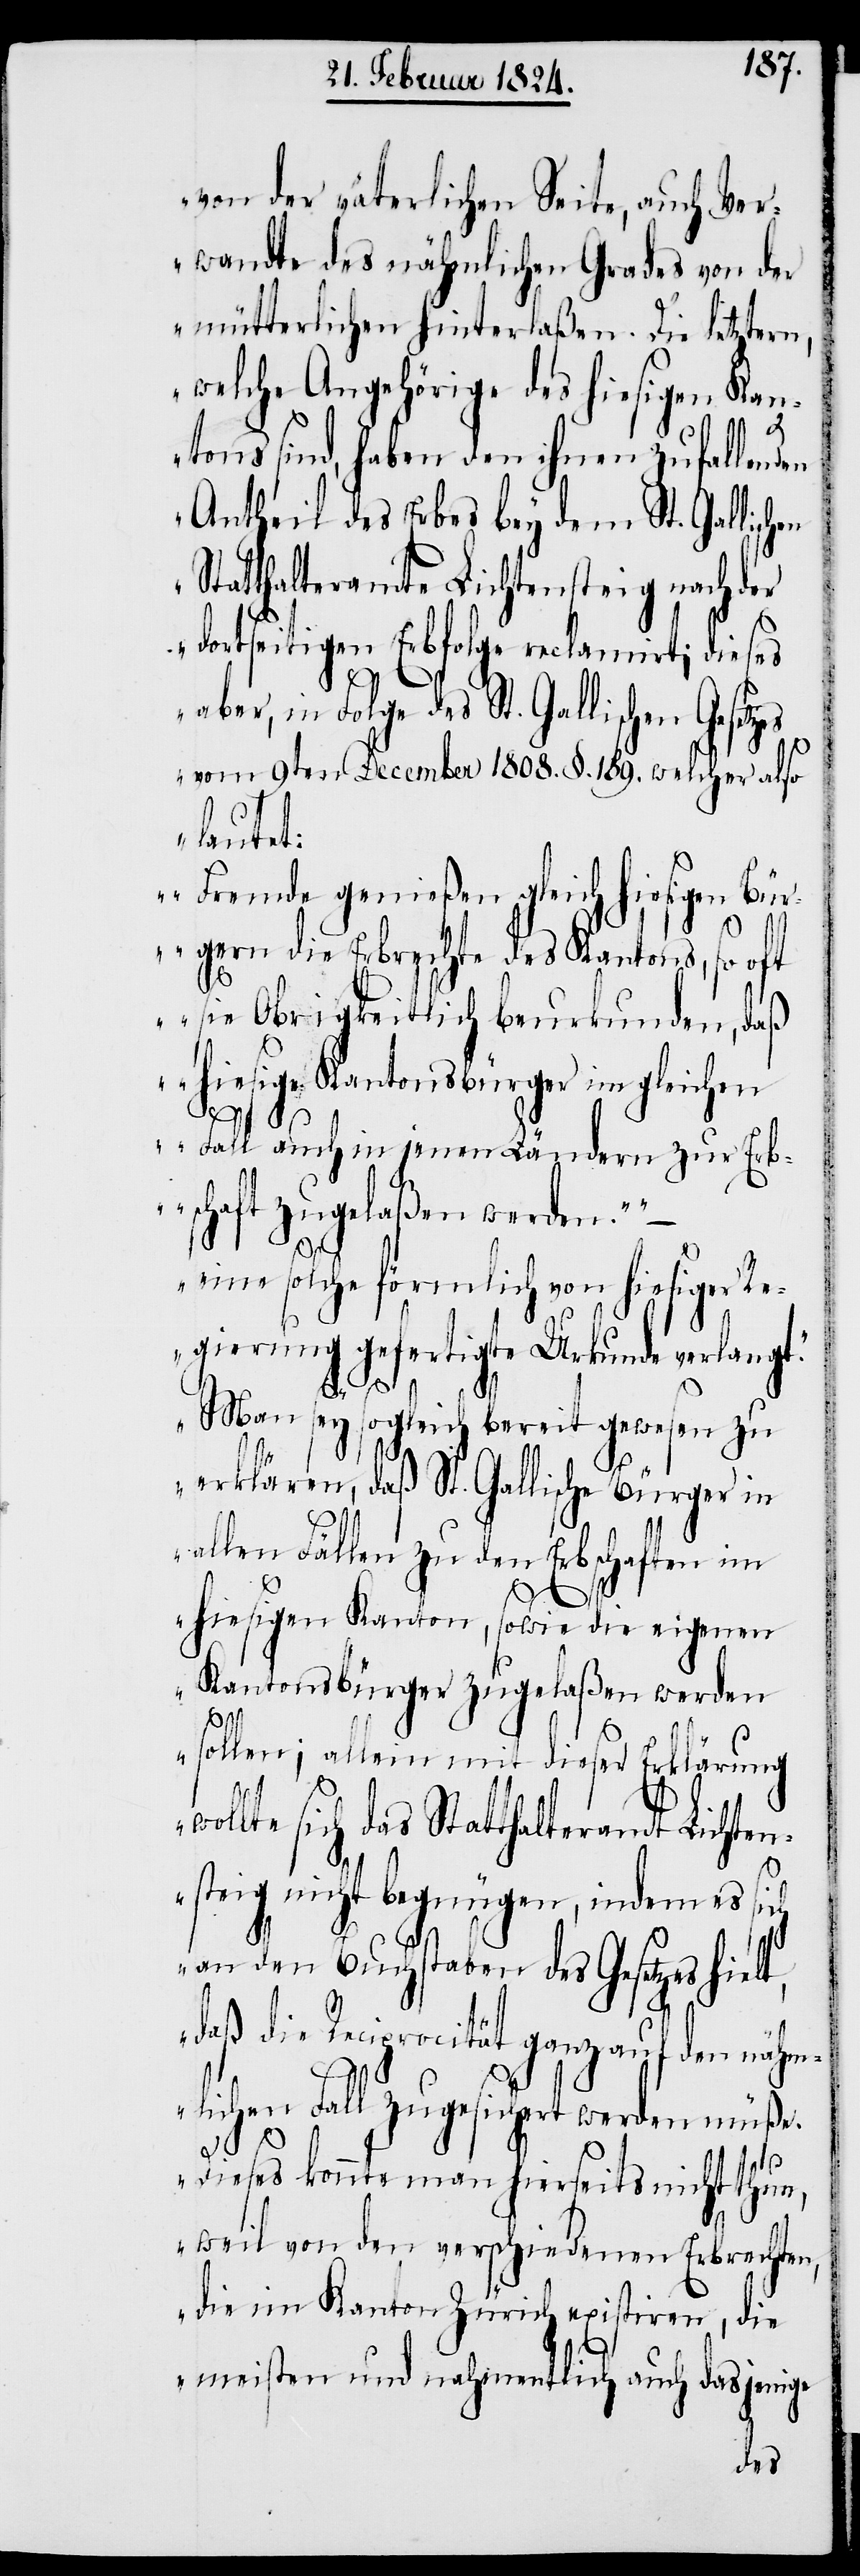
von der väterlichen Seite, auch Ver¬
wandte des nähmlichen Grades von der
mütterlichen hinterlaßen. Die letztern,
welche Angehörige des hiesigen Kan¬
tons sind, haben den ihnen zufallenden
Antheil des Erbes bey dem St. Gallisch¬
Statthalteramte Lichtensteig nach der
dortseitigen Erbfolge reclamirt; dieses
aber, in Folge des St. Gallischen Gesetz¬
es vom 9ten December 1808. §. 189. welcher also
lautet:
„Fremde genießen gleich hiesigen Bür¬
gern die Erbrechte des Kantons, so oft
sie Obrigkeitlich beurkunden, daß
hiesige Kantonsbürger im gleichen
Fall auch in jenen Ländern zur Erb¬
schaft zugelaßen werden.“
„eine solche förmlich von hiesiger Re¬
gierung gefertigte Urkunde verlangt.“
t,
Man sey sogleich bereit gewesen zu
erklären, daß St. Gallische Bürger in
allen Fällen zu den Erbschaften im
hiesigen Kanton, sowie die eigenen
Kantonsbürger zugelaßen werden
sollen; allein mit dieser Erklärung
lte sich das Statthalteramt Lichten¬
steig nicht begnügen, indem es sich
an den Buchstaben des Gesetzes hiel¬
daß die Reciprocität ganz auf den nähm¬
wol¬
lichen Fall zugesichert werden müße.
Dieses konnte man hierseits nicht thun,
weil von den verschiedenen Erbrechten,
die im Kanton Zürich existiren, die
meisten und nahmentlich auch dasjenige